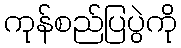
ကုန်စည်ပြပွဲကို